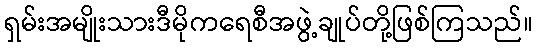
ရှမ်းအမျိုးသားဒီမိုကရေစီအဖွဲ့ချုပ်တို့ဖြစ်ကြသည်။